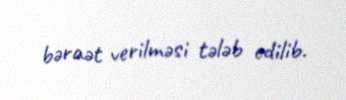
bəraət verilməsi tələb edilib.